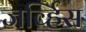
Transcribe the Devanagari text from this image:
जर्व्हिस